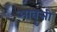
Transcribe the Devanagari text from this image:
आवॄत्ती